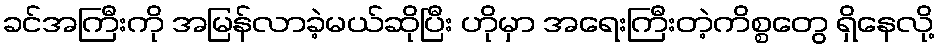
ခင်အကြီးကို အမြန်လာခဲ့မယ်ဆိုပြီး ဟိုမှာ အရေးကြီးတဲ့ကိစ္စတွေ ရှိနေလို့